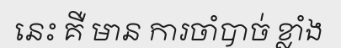
នេះ គឺ មាន ការចាំបាច់ ខ្លាំង